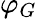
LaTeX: \varphi_{G}